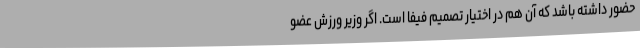
حضور داشته باشد که آن هم در اختیار تصمیم فیفا است. اگر وزیر ورزش عضو